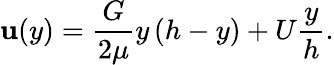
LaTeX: \mathbf{u}(y)={\frac{{G}}{{2\mu}}}y\, (h-y)+U{\frac{{y}}{{h}}}.